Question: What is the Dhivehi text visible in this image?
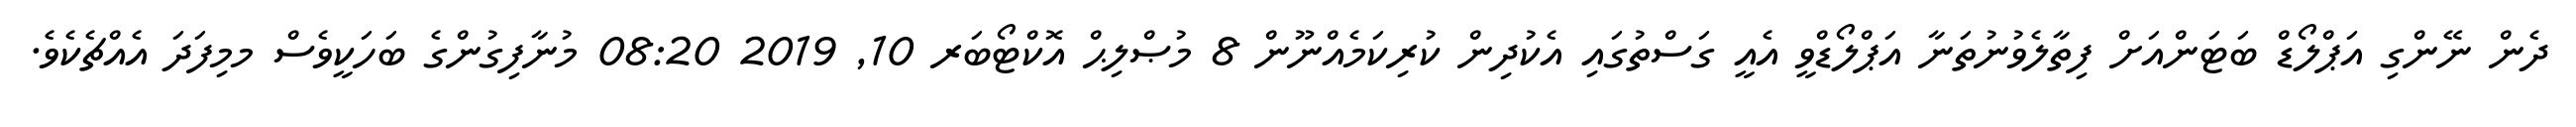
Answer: ދެން ނޭންގި އަޕްލޯޑް ބަޓަންއަށް ފިތާލެވުނުތަނާ އަޕްލޯޑްވީ އެއީ ގަސްތުގައި އެކުދިން ކުރިކަމެއްނޫން 8 މުޞްލިޙް އޮކްޓޯބަރ 10, 2019 08:20 މުނާފިގުންގެ ބަހަކީވެސް މމިފަދަ އެއްޗެކެވެ.